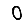
Digit: 0